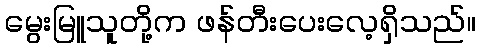
မွေးမြူသူတို့က ဖန်တီးပေးလေ့ရှိသည်။